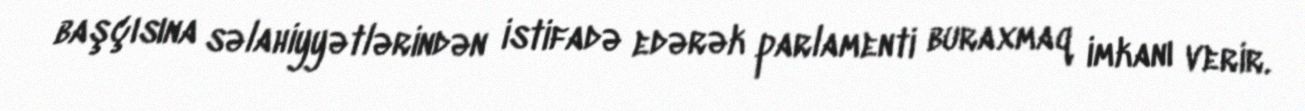
başçısına səlahiyyətlərindən istifadə edərək parlamenti buraxmaq imkanı verir.